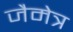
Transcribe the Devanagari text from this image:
जैमेत्र